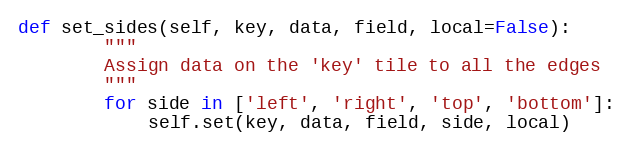
Language: Python
def set_sides(self, key, data, field, local=False):
        """
        Assign data on the 'key' tile to all the edges
        """
        for side in ['left', 'right', 'top', 'bottom']:
            self.set(key, data, field, side, local)